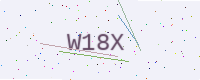
Text: W18X